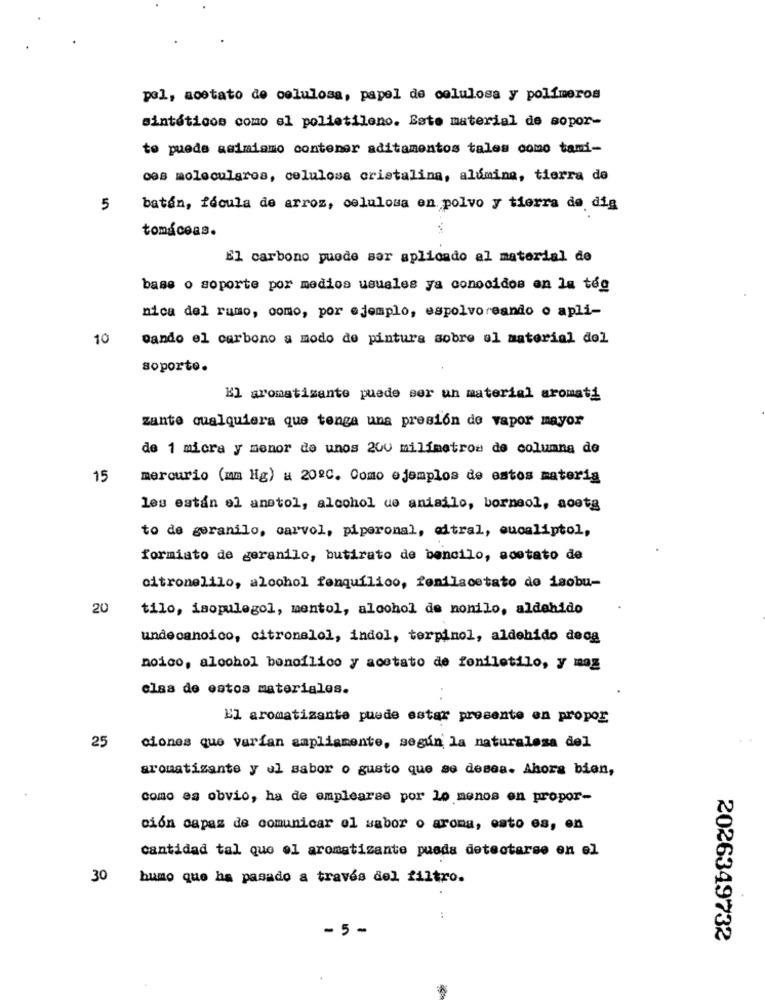
pol, acetato de celulosa, papel de celulosa y polímeros
sintéticos como el polietileno. Este material de sopor-
to puede asimismo contener aditamentos tales como tami-
ces moleculares, celulosa cristalina, alúmina, tierra de
5
batén, fécula de arroz, celulosa en polvo y tierra de dig
tomáceas.
El carbono puede ser aplicado al material de
base o soporte por medios usuales ya conocidos en la tég
nica del rumo, como, por ejemplo, espolvorsando o apli-
10
Dando el carbono a modo de pintura sobre el material del
soporto.
El aromatizante puede ser un material aromati
zante cualquiera que tenga una presión de vapor mayor
de 1 micra y menor de unos 200 milímetros de columna de
15
mercurio (mm Hg) u 2020. Como ejemplos de estos materia
les están el anstol, alcohol ue aniailo, borneol, aosta
to de geranilo, carvol, piperonal, edtral, eucaliptol,
formiato de geranilo, butirato de bencilo, acetato de
citronelilo, alcohol fenquilico, fenilacetato do isobu-
20
tilo, isopulegol, mentol, alcohol de nonilo, aldehido
undecanoico, citronelol, indol, terpinol, aldehido deog
noico, alcohol boncílico y acetato de foniletilo, y mag
clas de estos materiales.
El aromatizante puede estar presente en propor
25
ciones que varfan ampliamente, según la naturaleza del
aromatizante y el sabor o gusto que se desea. Ahora bien,
como es obvio, ha de emplearse por Lo menos en propor-
ción capaz de comunicar el sabor o aroma, esto es, en
cantidad tal que el aromatizante pueda detectarse en el
30
humo que ha pasado a través del filtro.
-5-
2026349732